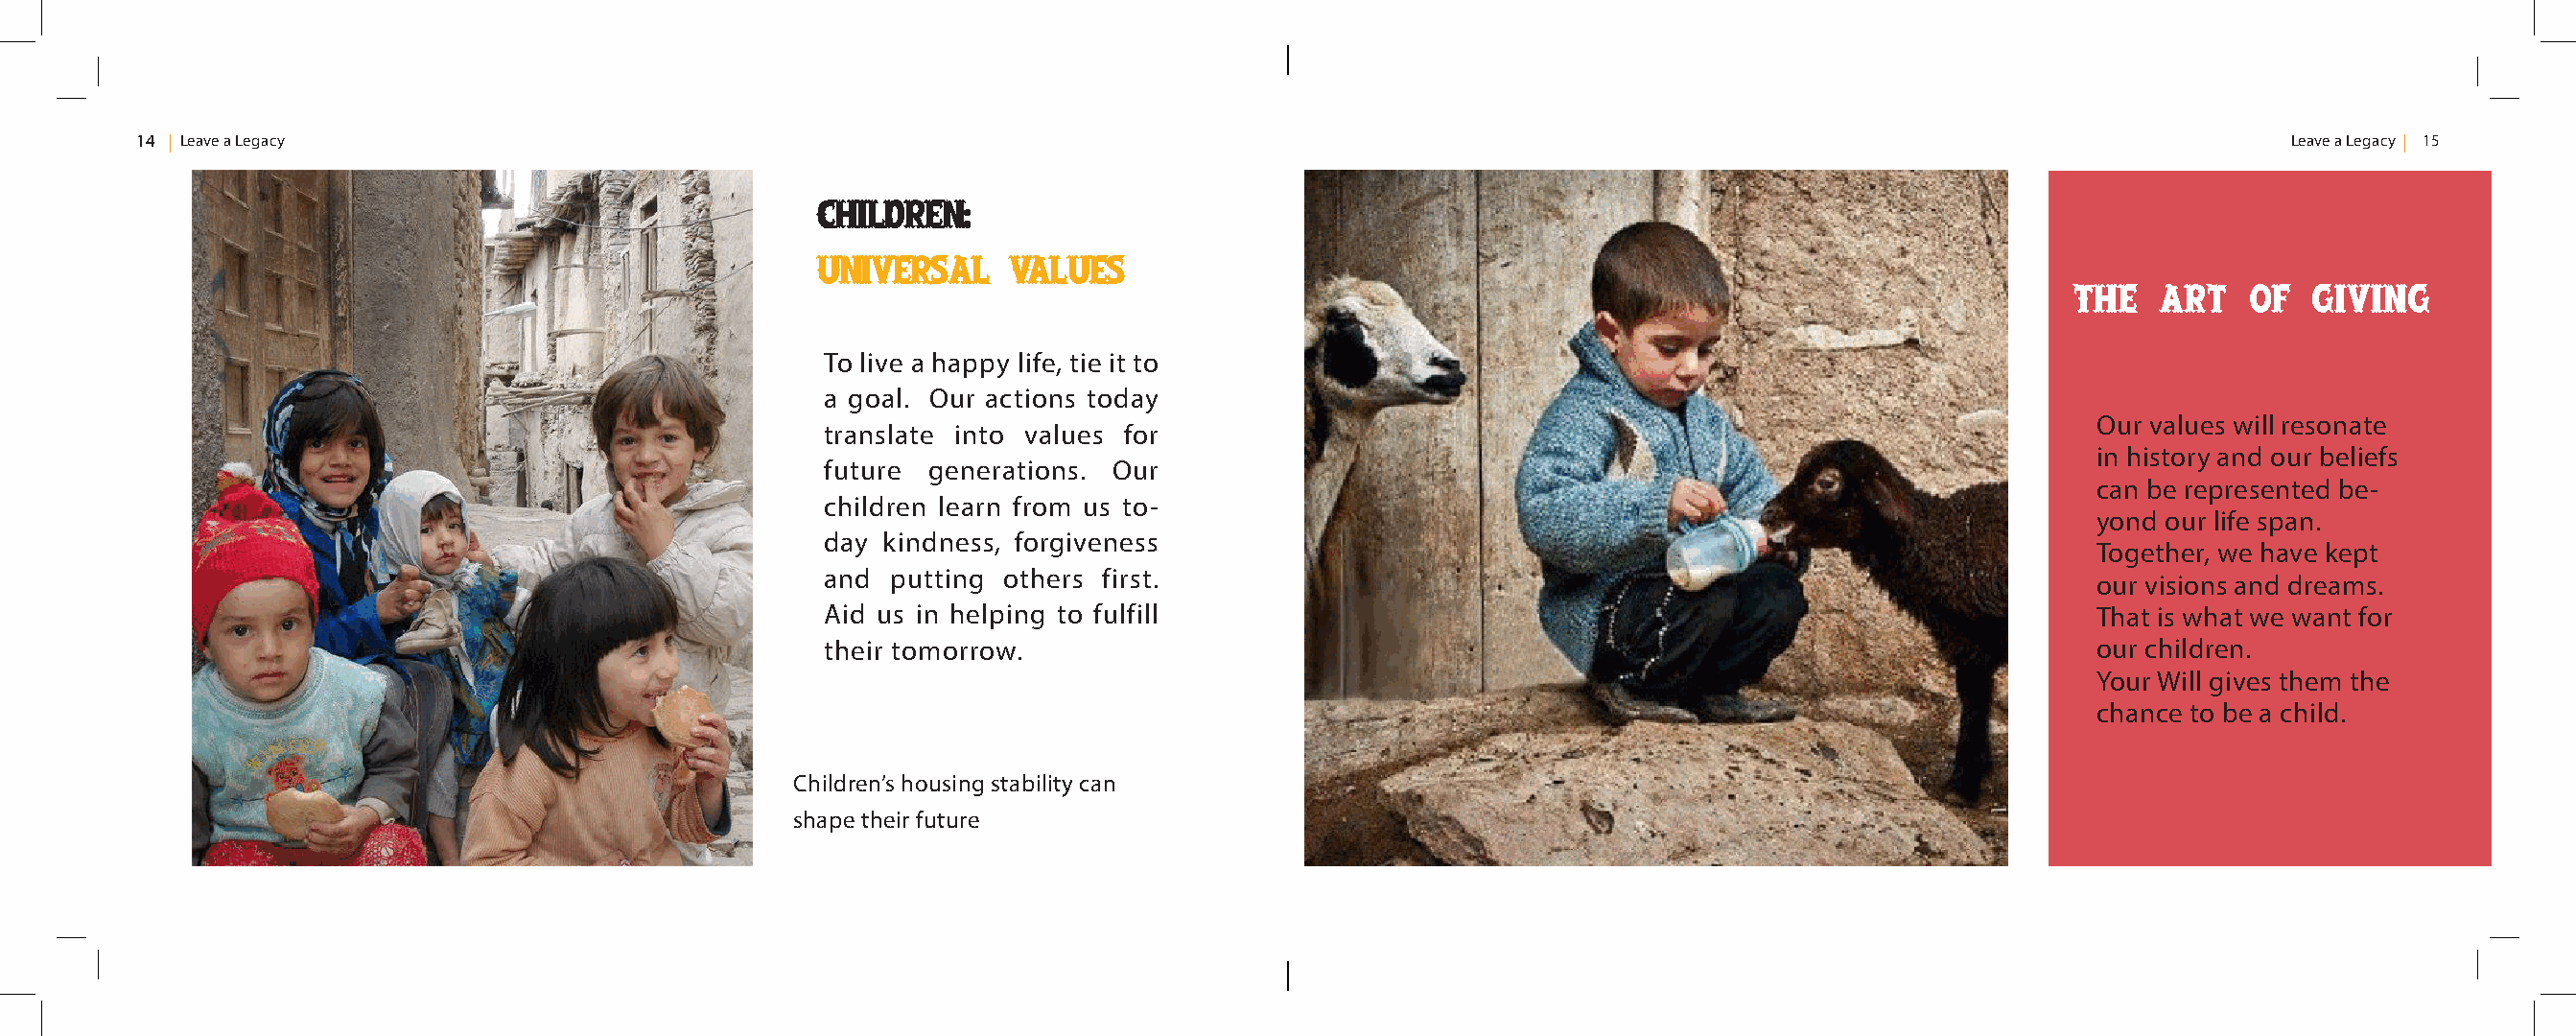
14 Leave a Legacy                                                                                                                                    Leave a Legacy 15
 Children:
 Universal     Values
 The   art   of   giving
 To live a happy life, tie it to
 a goal. Our actions today
 Our values will resonate
 translate into values for
 in history and our beliefs
 future generations. Our
 can be represented be-
 children learn from us to-
 yond our life span.
 day kindness, forgiveness
 Together, we have kept
 and putting others first.
 our visions and dreams.
 Aid us in helping to fulfill                                                            That is what we want for
 their tomorrow.                                                                         our children.
 Your Will gives them the
 chance to be a child.
 Children’s housing stability can
 shape their future